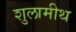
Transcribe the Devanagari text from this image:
शुलामीथ